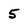
Character: 5